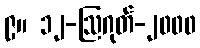
၉။ ၁၂-ဩဂုတ်-၂၀၀၀